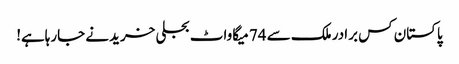
پاکستان کس برادر ملک سے 74 میگاواٹ بجلی خریدنے جارہاہے!